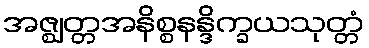
အဇ္ဈတ္တအနိစ္စနန္ဒိက္ခယသုတ္တံ